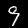
Label: 9